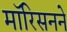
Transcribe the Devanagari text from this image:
मॉरिसनने